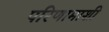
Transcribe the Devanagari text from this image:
परिणामाशी